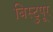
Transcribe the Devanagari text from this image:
बिस्टुपूर